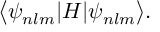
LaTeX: \big < \psi _ { n l m } | H | \psi _ { n l m } \big > .